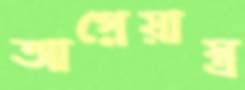
আগ্নেয়াস্ত্র